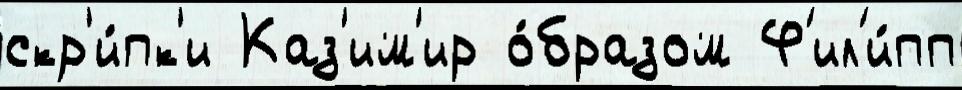
скр'и́пк'и Каз'им'ир о́бразом Ф'ил'и́пп